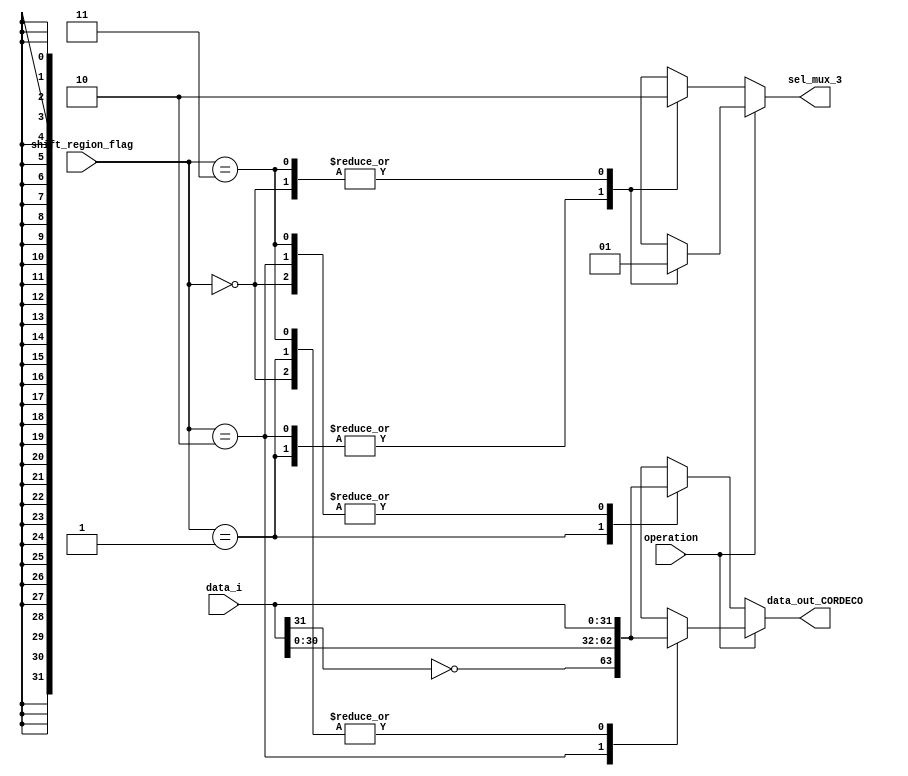
//==================================================================================================
//  Revision      :
//  Company       : Instituto Tecnologico de Costa Rica
//
//  Description   : DECODER TO TO SELECT THE THIRD MUX AND INVERT SIGN
//
//
//==================================================================================================
`timescale 1ns / 1ps


module DECO_CORDIC_EXT #(parameter W = 32)(
   input wire [W-1:0] data_i,
   input wire         operation,
   input wire [1:0]   shift_region_flag,
   output reg         sel_mux_3,
   output reg [W-1:0] data_out_CORDECO
   );


   always @(*) begin
     if(operation == 1'b0)
        begin  //COSENO
          case (shift_region_flag)
            2'b00  : begin
                        sel_mux_3 = 1'b0;
                        data_out_CORDECO = data_i;
                     end
            2'b01  : begin
                        sel_mux_3 = 1'b1;
                        data_out_CORDECO = {~data_i[W-1],data_i[W-2:0]};
                     end
            2'b10  : begin
                        sel_mux_3 = 1'b1;
                        data_out_CORDECO = data_i;
                     end
            2'b11  : begin
                        sel_mux_3 = 1'b0;
                        data_out_CORDECO = data_i;
                     end
          endcase
        end
      else begin  ///SENO
          case (shift_region_flag)
            2'b00  : begin
                        sel_mux_3 = 1'b1;
                        data_out_CORDECO = data_i;
                     end
            2'b01  : begin
                        sel_mux_3 = 1'b0;
                        data_out_CORDECO = data_i;
                     end
            2'b10  : begin
                        sel_mux_3 = 1'b0;
                        data_out_CORDECO = {~data_i[W-1],data_i[W-2:0]};;
                     end
            2'b11  : begin
                        sel_mux_3 = 1'b1;
                        data_out_CORDECO = data_i;
                     end 
          endcase
      end
   end


endmodule